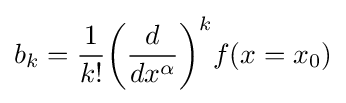
b_{k}={1 \over k!}{\biggl (}{d \over dx^{\alpha }}{\biggr )}^{k}f(x=x_{0})